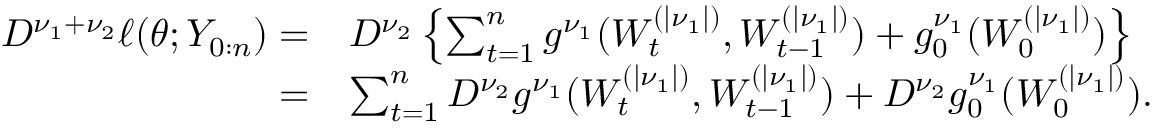
\begin{array} { r l } { D ^ { \nu _ { 1 } + \nu _ { 2 } } \ell ( \theta ; Y _ { 0 : n } ) = } & { D ^ { \nu _ { 2 } } \left\{ \sum _ { t = 1 } ^ { n } g ^ { \nu _ { 1 } } ( W _ { t } ^ { ( | \nu _ { 1 } | ) } , W _ { t - 1 } ^ { ( | \nu _ { 1 } | ) } ) + g _ { 0 } ^ { \nu _ { 1 } } ( W _ { 0 } ^ { ( | \nu _ { 1 } | ) } ) \right\} } \\ { = } & { \sum _ { t = 1 } ^ { n } D ^ { \nu _ { 2 } } g ^ { \nu _ { 1 } } ( W _ { t } ^ { ( | \nu _ { 1 } | ) } , W _ { t - 1 } ^ { ( | \nu _ { 1 } | ) } ) + D ^ { \nu _ { 2 } } g _ { 0 } ^ { \nu _ { 1 } } ( W _ { 0 } ^ { ( | \nu _ { 1 } | ) } ) . } \end{array}